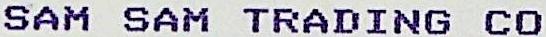
SAM SAM TRADING CO